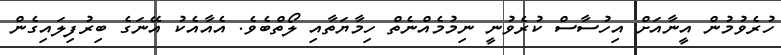
ހުރެވުމުން އީނާއަށް އިހުސާސް ކުރެވުނީ ނިމުމެއްނެތް ހިމާޔަތާއި ލޯތްބެވެ. އެއާއެކު އޭނަގެ ބިރުފިލައިގެން